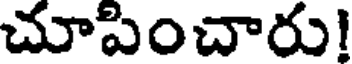
చూపించారు!